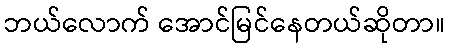
ဘယ်လောက် အောင်မြင်နေတယ်ဆိုတာ။